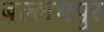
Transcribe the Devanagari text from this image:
बल्लभपुर